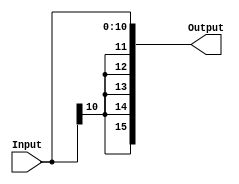
module Signal_Extension
  (
     input wire [10:0] Input ,
     output wire [15:0] Output
  );

assign Output[10:0] = Input;
assign Output[11] = Input[10];
assign Output[12] = Input[10];
assign Output[13] = Input[10];
assign Output[14] = Input[10];
assign Output[15] = Input[10];

endmodule